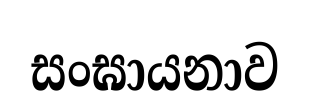
සංඝායනාව